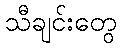
သီချင်းတွေ